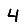
Digit: 4